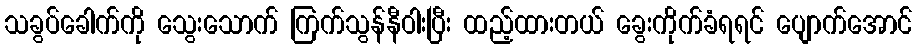
သခွပ်ခေါက်ကို သွေးသောက် ကြက်သွန်နီဝါးပြီး ထည့်ထားတယ် ခွေးကိုက်ခံရရင် ပျောက်အောင်